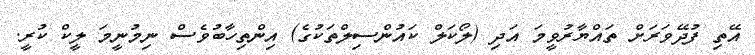
އޭތި ފުދޭވަރަށް ތައްޔާރުވީމަ އަދި (ލޯކަލް ކައުންސިލްތަކުގެ) އިންތިހާބުވެސް ނިމުނީމަ ލީކް ކުރީ.